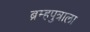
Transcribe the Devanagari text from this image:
ब्रम्हपुत्राला